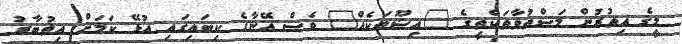
މީގެ އިތުރުން މަސްތުވާތަކެތީގެ "އިޝޫތަކެއް" ވެސް އޭނާގެ ކިބައިގައި އުޅޭ ކަމަށް އިތުބާރު